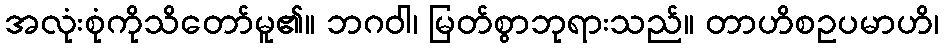
အလုံးစုံကိုသိတော်မူ၏။ ဘဂဝါ၊ မြတ်စွာဘုရားသည်။ တာဟိစဥပမာဟိ၊